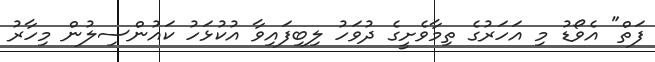
ފަތް" އެވޯޑު މި އަހަރުގެ ތިމާވެށީގެ ދުވަހު ލިބިފައިވާ އުކުޅަހު ކައުންސިލުން މިހާރު